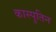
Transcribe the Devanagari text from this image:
कास्पुतिन